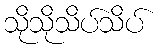
သိုသိုသိပ်သိပ်